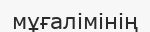
мұғалімінің